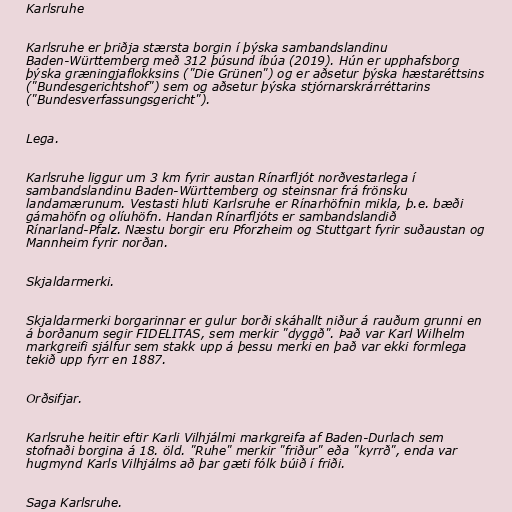
Karlsruhe

Karlsruhe er þriðja stærsta borgin í þýska sambandslandinu
Baden-Württemberg með 312 þúsund íbúa (2019). Hún er upphafsborg
þýska græningjaflokksins ("Die Grünen") og er aðsetur þýska hæstaréttsins
("Bundesgerichtshof") sem og aðsetur þýska stjórnarskrárréttarins
("Bundesverfassungsgericht").

Lega.

Karlsruhe liggur um 3 km fyrir austan Rínarfljót norðvestarlega í
sambandslandinu Baden-Württemberg og steinsnar frá frönsku
landamærunum. Vestasti hluti Karlsruhe er Rínarhöfnin mikla, þ.e. bæði
gámahöfn og olíuhöfn. Handan Rínarfljóts er sambandslandið
Rínarland-Pfalz. Næstu borgir eru Pforzheim og Stuttgart fyrir suðaustan og
Mannheim fyrir norðan.

Skjaldarmerki.

Skjaldarmerki borgarinnar er gulur borði skáhallt niður á rauðum grunni en
á borðanum segir FIDELITAS, sem merkir "dyggð". Það var Karl Wilhelm
markgreifi sjálfur sem stakk upp á þessu merki en það var ekki formlega
tekið upp fyrr en 1887.

Orðsifjar.

Karlsruhe heitir eftir Karli Vilhjálmi markgreifa af Baden-Durlach sem
stofnaði borgina á 18. öld. "Ruhe" merkir "friður" eða "kyrrð", enda var
hugmynd Karls Vilhjálms að þar gæti fólk búið í friði.

Saga Karlsruhe.